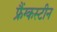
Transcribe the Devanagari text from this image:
फ्रैंग्कस्टीन